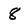
Character: 8